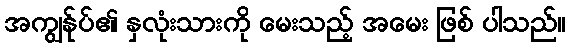
အကျွန်ုပ်၏ နှလုံးသားကို မေးသည့် အမေး ဖြစ် ပါသည်။